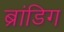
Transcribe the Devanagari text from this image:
ब्रांडिग